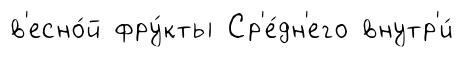
в'есно́й фру́кты Ср'е́дн'его внутр'и́